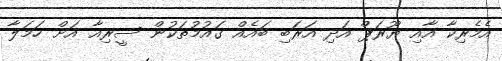
އެމެރިކާ އާއި ޔޫރަޕް އަދި އަރަބި ބައެއް ގައުމުތަކުން ސީރިއާ އަށް ހަމަލާ